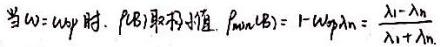
当$\omega = \omega_H$时，$P(B)$取最小值，$P_{min}(B)=1 - \omega_Hp_A=\frac{\lambda_1 - \lambda_n}{\lambda_1+\lambda_n}$。